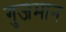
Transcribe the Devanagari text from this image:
गुजमान